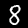
Digit: 8